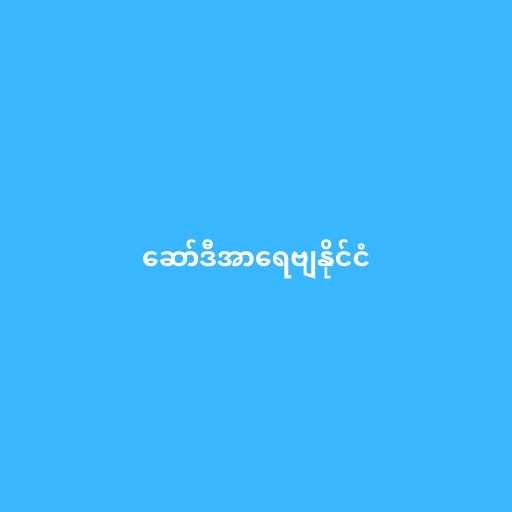
ဆော်ဒီအာရေဗျနိုင်ငံ